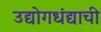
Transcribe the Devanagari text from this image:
उद्योगधंद्याची